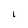
Character: L